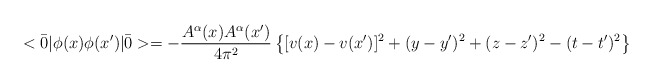
\begin{align*}<\bar 0|\phi(x)\phi(x')|\bar 0>=-{\frac {A^\alpha(x) A^\alpha(x')}{4\pi^2}}\left \{ [v(x)-v(x')]^2+(y-y')^2+(z-z')^2-(t-t')^2 \right \} \end{align*}